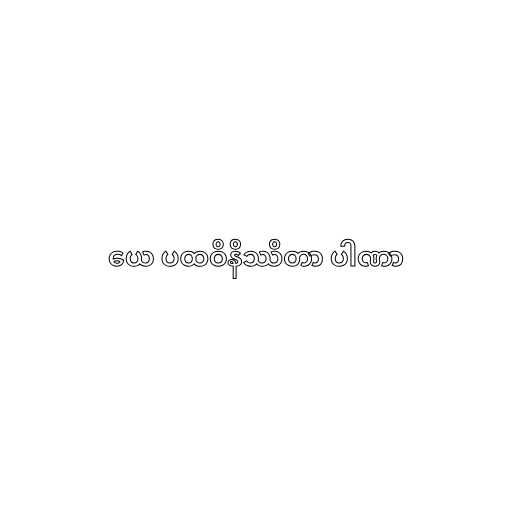
ယေ ပထဝိနိဿိတာ ပါဏာ